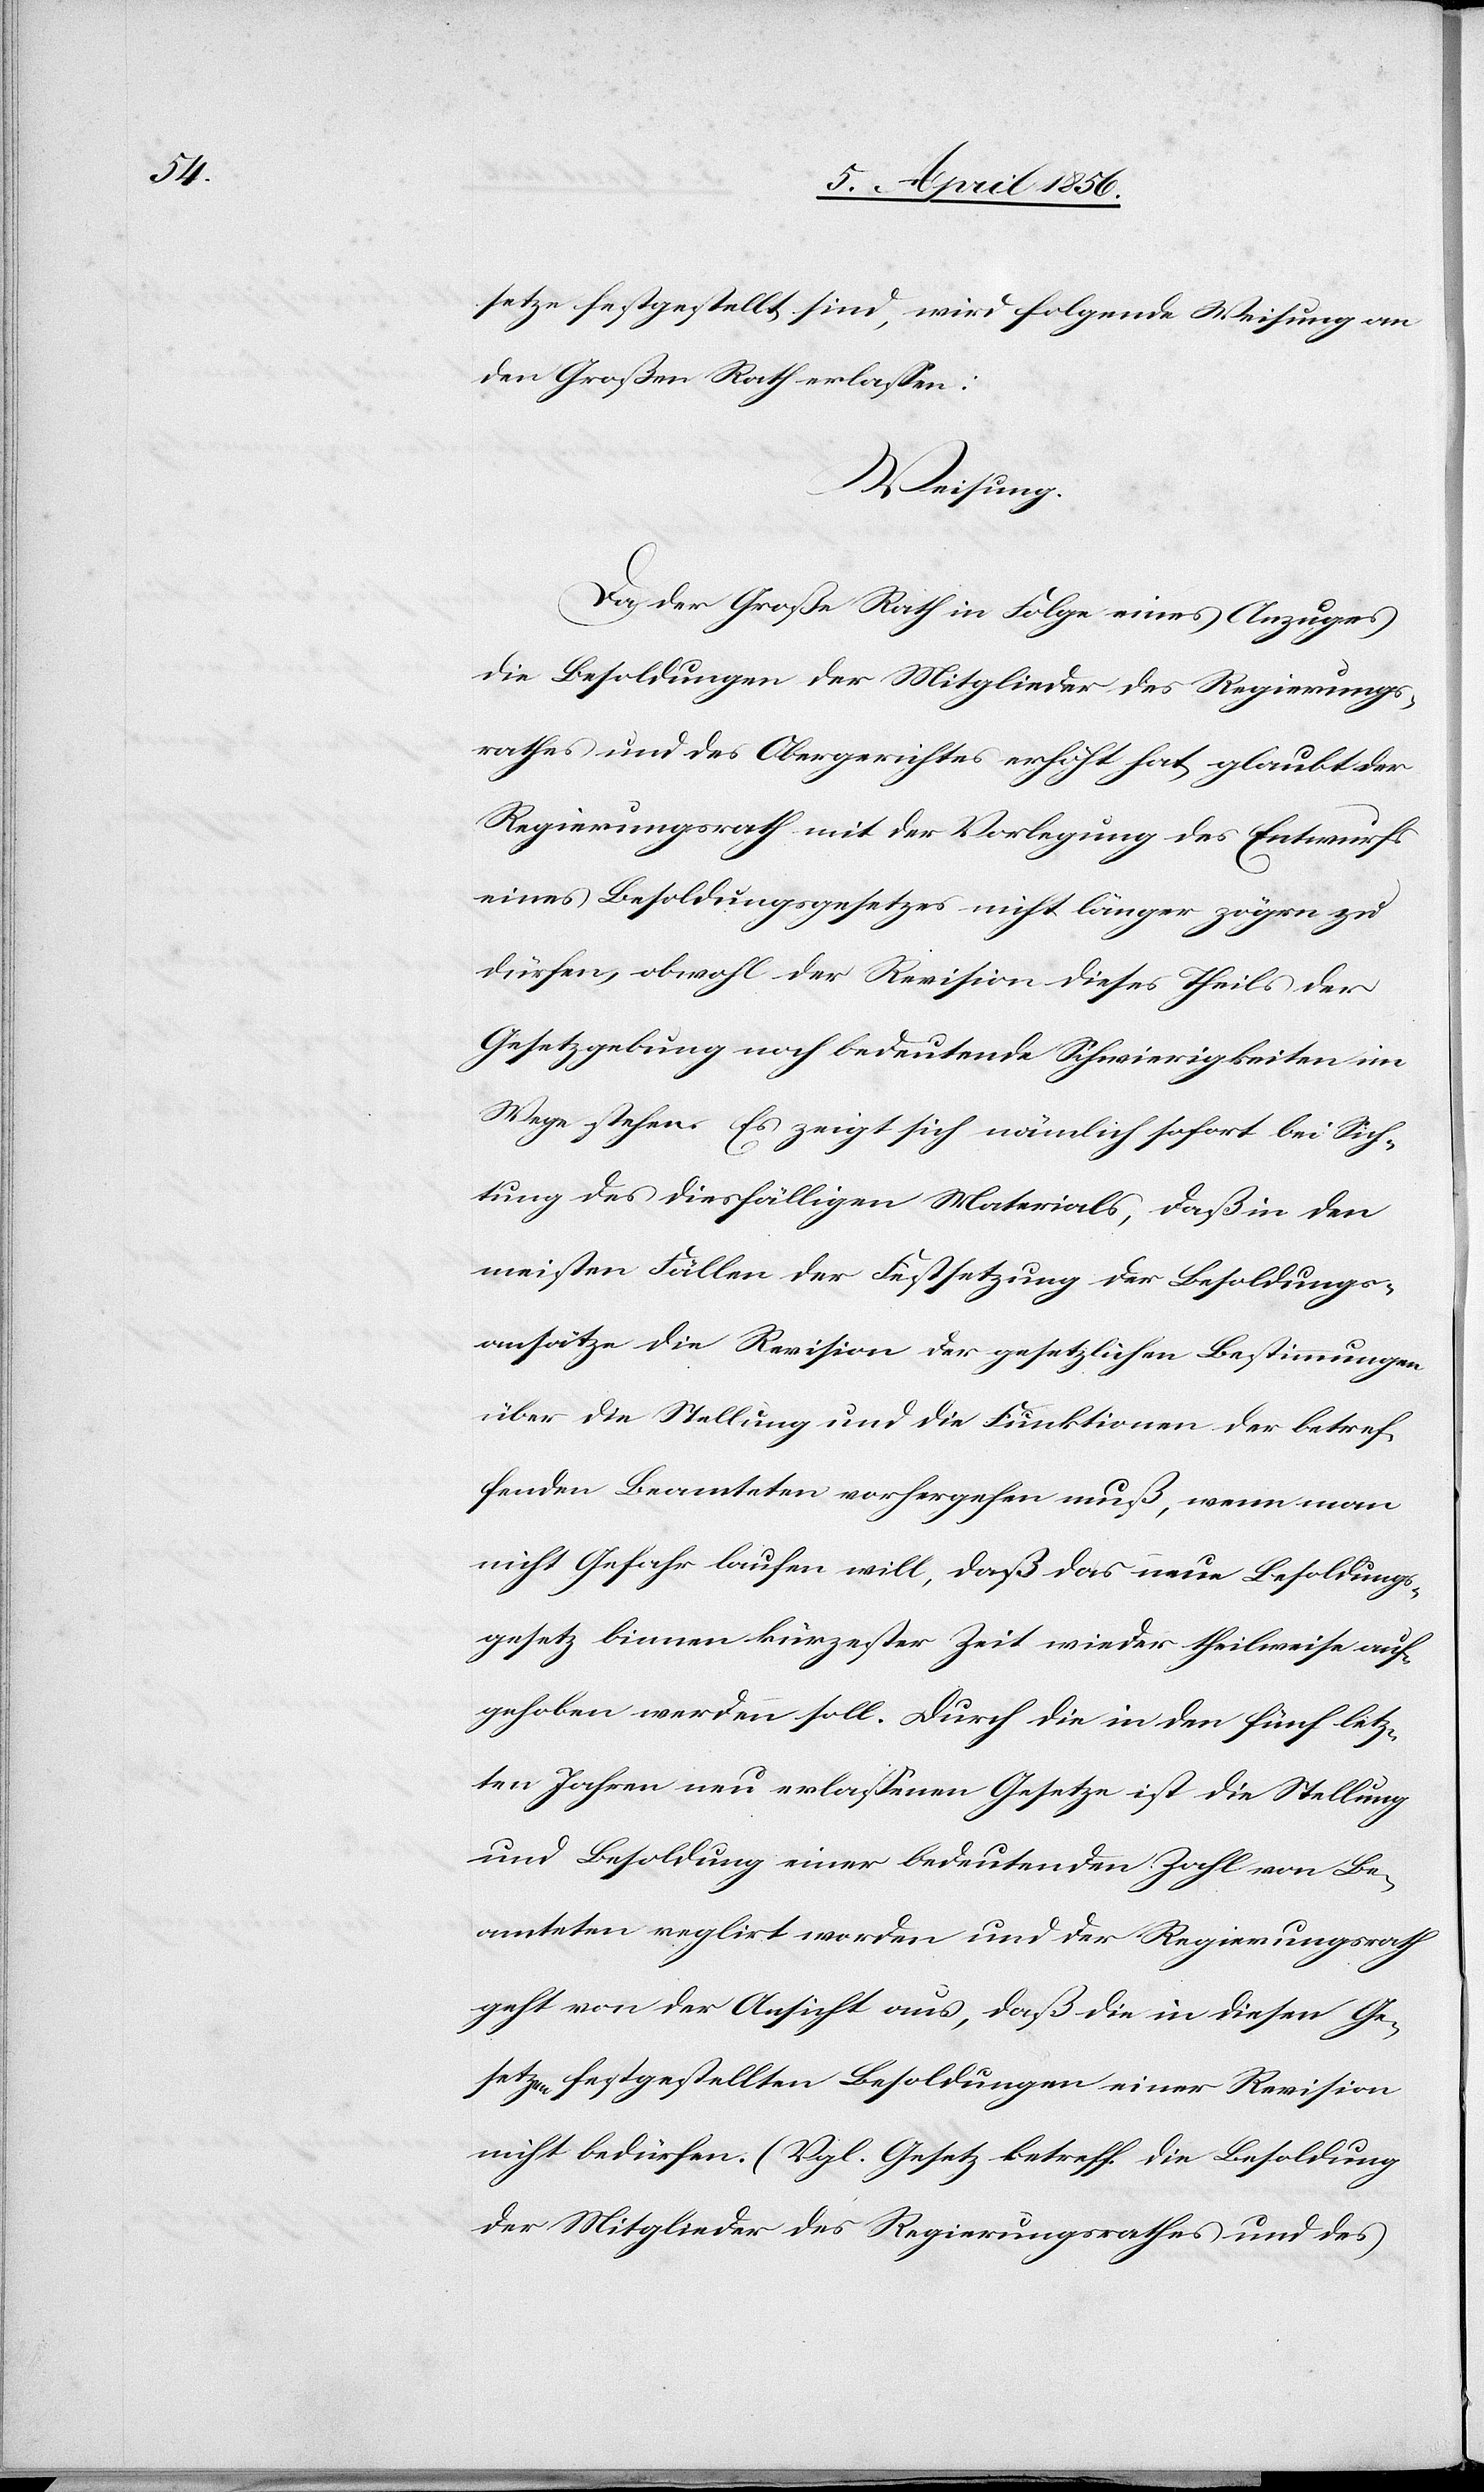
setze festgestellt sind, wird folgende Weisung an
den Großen Rath erlassen:
Weisung.
Da der Große Rath in Folge eines Anzuges
die Besoldungen der Mitglieder des Regierungs¬
rathes und des Obergerichtes erhöht hat, glaubt der
Regierungsrath mit der Vorlegung des Entwurfs
eines Besoldungsgesetzes nicht länger zögern zu
dürfen, obwohl der Revision dieses Theils der
Gesetzgebung noch bedeutende Schwierigkeiten im
Wege stehen. Es zeigt sich nämlich sofort bei Sich¬
tung des diesfälligen Materials, daß in den
meisten Fällen der Festsetzung der Besoldungs¬
ansätze die Revision der gesetzlichen Bestimmungen
über die Stellung und die Funktionen der betref¬
fenden Beamteten vorhergehen muß, wenn man
nicht Gefahr laufen will, daß das neue Besoldungs¬
gesetz binnen kürzester Zeit wieder theilweise auf¬
gehoben werden soll. Durch die in den fünf letz¬
ten Jahren neu erlassenen Gesetze ist die Stellung
und Besoldung einer bedeutenden Zahl von Be¬
amteten reglirt worden und der Regierungsrath
geht von der Ansicht aus, daß die in diesen Ge¬
setzen festgestellten Besoldungen einer Revision
nicht bedürfen. (Vgl. Gesetz betreff. die Besoldung
der Mitglieder des Regierungsrathes und des